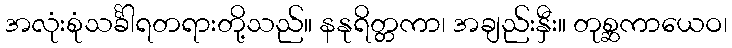
အလုံးစုံသင်္ခါရတရားတို့သည်။ နနုရိတ္တကာ၊ အချည်းနှီး။ တုစ္ဆကာယေဝ၊